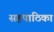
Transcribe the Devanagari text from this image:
सहपाठिका